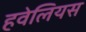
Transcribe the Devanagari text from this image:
हवेलियस